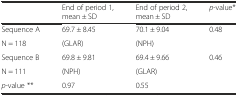
<table><thead><tr><td></td><td><b>End of period 1, mean ± SD</b></td><td><b>End of period 2, mean ± SD</b></td><td><b><i>p</i>-value*</b></td></tr></thead><tbody><tr><td>Sequence A</td><td>69.7 ± 8.45</td><td>70.1 ± 9.04</td><td rowspan="2">0.48</td></tr><tr><td>N = 118</td><td>(GLAR)</td><td>(NPH)</td></tr><tr><td>Sequence B</td><td>69.8 ± 9.81</td><td>69.4 ± 9.66</td><td rowspan="2">0.46</td></tr><tr><td>N = 111</td><td>(NPH)</td><td>(GLAR)</td></tr><tr><td><i>p</i>-value **</td><td>0.97</td><td>0.55</td><td></td></tr></tbody></table>